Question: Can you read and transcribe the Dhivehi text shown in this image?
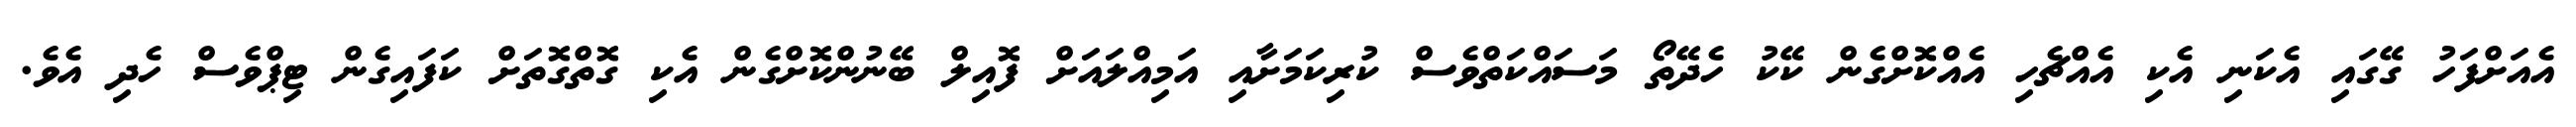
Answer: އެއަށްފަހު ގޭގައި އެކަނި އެކި އެއްޗެހި އެއްކޮށްގެން ކޭކު ހެދޭތޯ މަސައްކަތްވެސް ކުރިކަމަށާއި އަމިއްލައަށް ފޮއިލް ބޭނުންކޮށްގެން އެކި ގޮތްގޮތަށް ކަފައިގެން ޓިޕްވެސް ހެދި އެވެ.